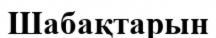
Шабақтарын